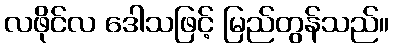
လဖိုင်လ ဒေါသဖြင့် မြည်တွန်သည်။